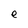
Character: e